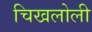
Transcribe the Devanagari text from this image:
चिखलोली